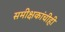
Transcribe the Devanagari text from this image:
समीक्षकांचीही